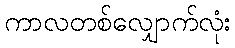
ကာလတစ်လျှောက်လုံး